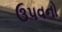
ઉપવનો